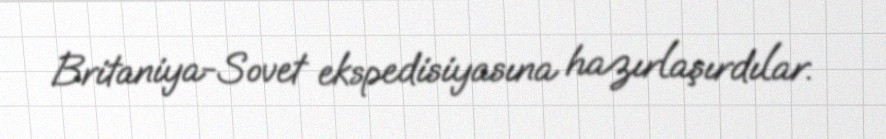
Britaniya-Sovet ekspedisiyasına hazırlaşırdılar.